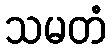
သမတံ